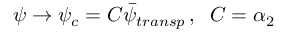
\psi \rightarrow \psi _ { c } = C \bar { \psi } _ { t r a n s p } \, , \; \; C = \alpha _ { 2 }